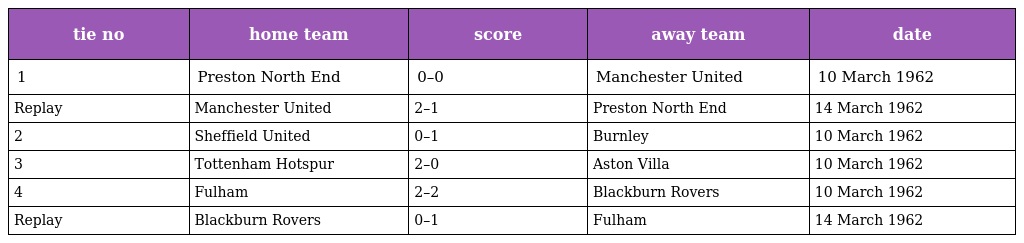
| tie no | home team | score | away team | date |
 | --- | --- | --- | --- | --- |
 | 1 | Preston North End | 0–0 | Manchester United | 10 March 1962 |
 | Replay | Manchester United | 2–1 | Preston North End | 14 March 1962 |
 | 2 | Sheffield United | 0–1 | Burnley | 10 March 1962 |
 | 3 | Tottenham Hotspur | 2–0 | Aston Villa | 10 March 1962 |
 | 4 | Fulham | 2–2 | Blackburn Rovers | 10 March 1962 |
 | Replay | Blackburn Rovers | 0–1 | Fulham | 14 March 1962 |